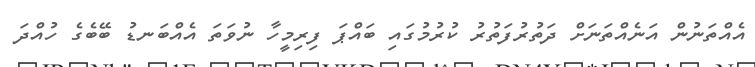
އެއްތަނުން އަނެއްތަނަށް ދަތުރުފަތުރު ކުރުމުގައި ބައްޕަ ފިރިމީހާ ނުވަތަ އެއްބަނޑު ބޭބެގެ ހުއްދަ